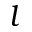
l